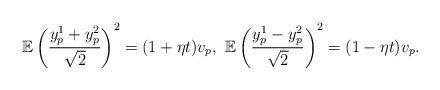
LaTeX: \begin{align*}&\mathbb{E} \left( \frac{y_p^1+y_p^2}{\sqrt{2}} \right)^2 = (1+\eta t)v_p, \,\,\mathbb{E} \left( \frac{y_p^1-y_p^2}{\sqrt{2}} \right)^2 = (1-\eta t)v_p.\end{align*}